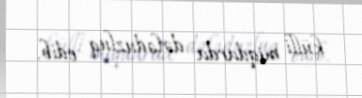
külli miqdarda dələduzluq edib.